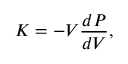
K = - V \frac { d P } { d V } ,